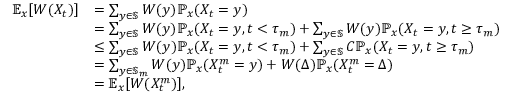
\begin{array} { r l } { \mathbb E _ { x } [ W ( X _ { t } ) ] } & { = \sum _ { y \in \mathbb S } W ( y ) \mathbb P _ { x } ( X _ { t } = y ) } \\ & { = \sum _ { y \in \mathbb S } W ( y ) \mathbb P _ { x } ( X _ { t } = y , t < \tau _ { m } ) + \sum _ { y \in \mathbb S } W ( y ) \mathbb P _ { x } ( X _ { t } = y , t \ge \tau _ { m } ) } \\ & { \le \sum _ { y \in \mathbb S } W ( y ) \mathbb P _ { x } ( X _ { t } = y , t < \tau _ { m } ) + \sum _ { y \in \mathbb S } C \mathbb P _ { x } ( X _ { t } = y , t \ge \tau _ { m } ) } \\ & { = \sum _ { y \in \mathbb S _ { m } } W ( y ) \mathbb P _ { x } ( X _ { t } ^ { m } = y ) + W ( \Delta ) \mathbb P _ { x } ( X _ { t } ^ { m } = \Delta ) } \\ & { = \mathbb E _ { x } [ W ( X _ { t } ^ { m } ) ] , } \end{array}